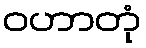
ဝဟာတုံ